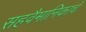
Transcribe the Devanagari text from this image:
सहवैमानिकाचे